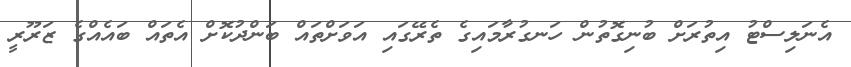
އެނަލިސްޓު އިތުރަށް ބުނިގޮތުން ހަނގުރާމައިގެ ތެރޭގައި އަވަށްތައް ބަންދުކޮށް އެތައް ބައެއްގެ ޒަރޫރީ